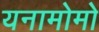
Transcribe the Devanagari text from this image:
यनामोमो